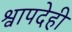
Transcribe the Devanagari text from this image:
श्वापदेही